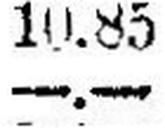
—.—